Reports on dispensaries and lunatic asylums in the Province of Oudh - 1869-1876
Year: 1869
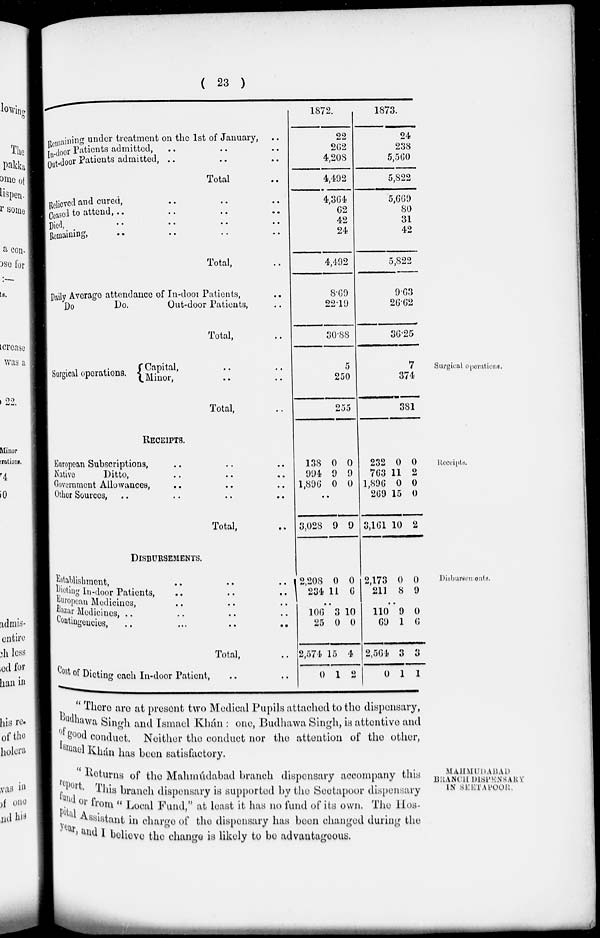
( 23 )
Reamaining under treatment on the 1st of January, ..
In-door Patients admitted, .. .. ..
Out-door Patients admitted, .. .. ..
Total ..
Relieved and cured, .. .. ..
Ceased to attend,
..
..
..
..
Died, .. .. .. ..
Remaining , .. .. .. ..
Total, ..
Daily Average attendance of In-door Patients, ..
Do
Do.
Out-door Patients, ..
Total, ..
1872.
22
262
4,208
4,492
4,364
62
42
24
4,492
8.69
22.19
30.88
1873.
24
238
5,560
5,822
5,669
80
31
42
5,822
9.63
26.62
36.25
Surgical operations.
Surgical operations.
Capital, .. ..
Minor, .. ..
Total, ..
5
250
255
7
374
381
Receipts.
RECEIPTS.
European Subscriptions, .. .. ..
Native
Ditto, .. .. ..
Government Allowances, .. .. ..
Other Sources, .. .. .. ..
Total, ..
138
994
1,896
0
9
0
0
9
0
..
..
..
3,028 9 9
232
763
1,896
269
3,161
0
11
0
15
10
0
2
0
0
2
Disbursements.
DISBURSEMENTS.
Establishment,
..
..
..
Dieting In-door Patients,
..
..
..
European Medicines,
..
..
..
Bazar Medicines, .. .. .. ..
Contingencies, .. .. .. ..
Total, ..
Cost of Dieting each In-door Patient, .. ..
2,208
234
0
11
0
6
..
106
25
2,574
0
3
0
15
1
10
0
4
2
2,173
211
0
8
0
9
..
110
69
2,564
0
9
1
3
1
0
6
3
1
MAHMUDABAD
BRANCH DISPENSARY
IN SEETAPOOR.
'' There are at present two Medical Pupils attached to the dispensary,
Budhawa Singh and Ismael Khán : one, Budhawa Singh, is attentive and
of good conduct. Neither the conduct nor the attention of the other,
Ismael Khán has been satisfactory.
"Returns of the Mahmúdabad branch dispensary accompany this
report.This branch dispensary is supported by the Seetapoor dispensary
fund or from" Local Fund," at least it has no fund of its own.The Hos-
pital Assistant in charge of the dispensary has been changed during the
year,and I believe the change is likely to be advantageous.